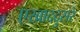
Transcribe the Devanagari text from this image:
एखाददुसरे